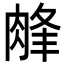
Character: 𦜁